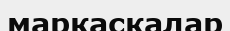
марқасқалар